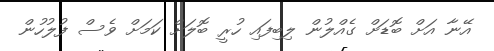
އޭނާ އަށް ބޮޑަށް ގެއްލުން ލިބިފައި ހުރީ ބޮލަށް ކަމަށް ވެސް ފުލުހުން